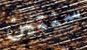
سنتين